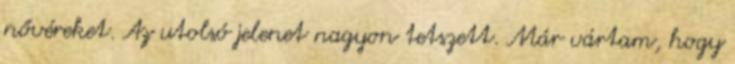
nővéreket. Az utolsó jelenet nagyon tetszett. Már vártam, hogy